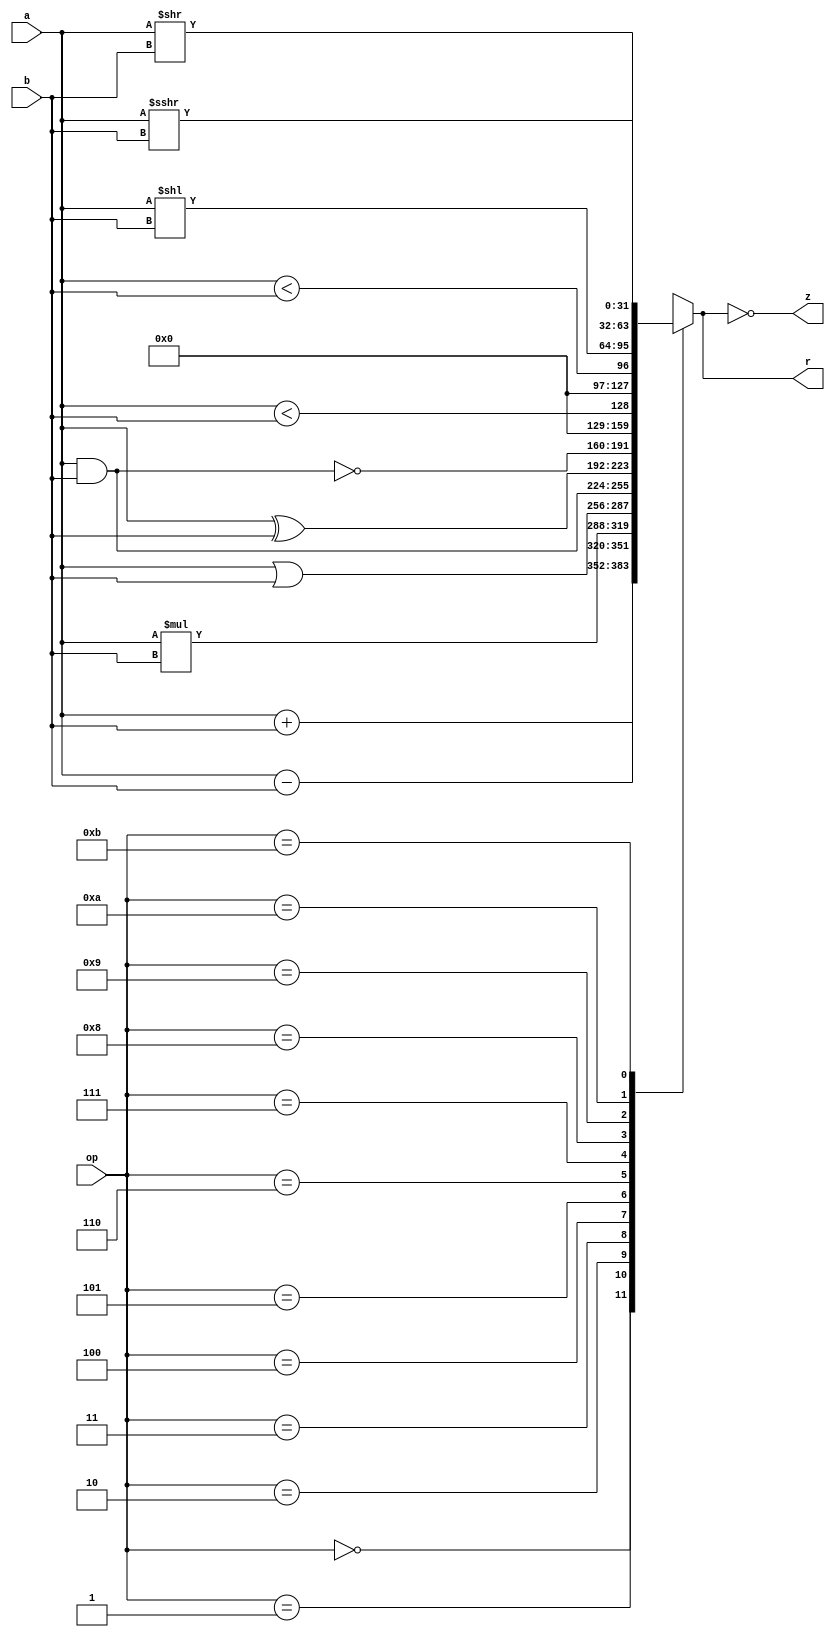
module Alu(
    input [31:0] a,
    input [31:0] b,
    input [3:0] op,
    output reg [31:0] r,
    output reg z
    );

    always @ (op or a or b)
    begin
        case (op)
            4'b0000: r = a + b; 
            4'b0001: r = a - b;
            4'b0010: r = a * b;
            4'b0011: r = a | b;
            4'b0100: r = a & b;
            4'b0101: r = a ^ b;
            4'b0110: r = ~(a & b);
            4'b0111: r = {31'd0,$signed(a) < $signed(b)};
            4'b1000: r = {31'd0,$unsigned(a) < $unsigned(b)};
            4'b1001: r = a<<b;
            4'b1010: r = a>>b;
            4'b1011: r = $signed(a)>>>$signed(b);
            default:
                    r = 32'hX;
        endcase
        z = (r == 0);
    end

endmodule